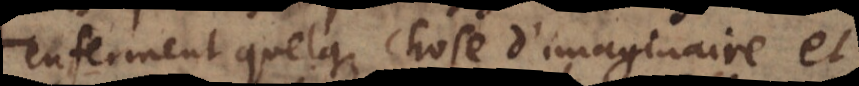
enferment quelque chose d’imaginaire et